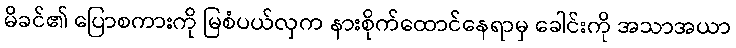
မိခင်၏ ပြောစကားကို မြစံပယ်လှက နားစိုက်ထောင်နေရာမှ ခေါင်းကို အသာအယာ